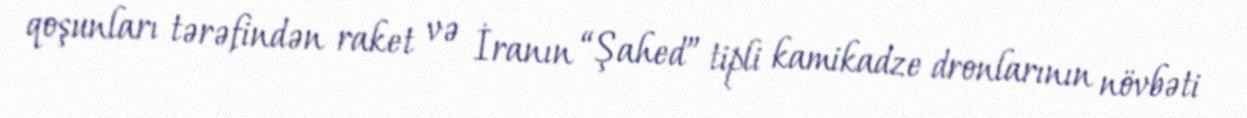
qoşunları tərəfindən raket və İranın “Şahed” tipli kamikadze dronlarının növbəti